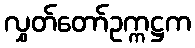
လွှတ်တော်ဥက္ကဋ္ဌက